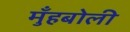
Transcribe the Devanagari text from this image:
मुँहबोली